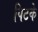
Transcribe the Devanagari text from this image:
पिटके